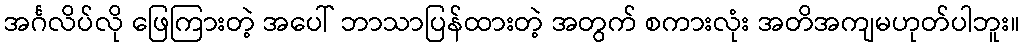
အင်္ဂလိပ်လို ဖြေကြားတဲ့ အပေါ် ဘာသာပြန်ထားတဲ့ အတွက် စကားလုံး အတိအကျမဟုတ်ပါဘူး။